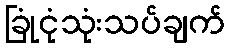
ခြုံငုံသုံးသပ်ချက်